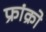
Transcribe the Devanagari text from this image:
फ्रांक्रो